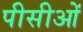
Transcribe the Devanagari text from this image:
पीसीओं